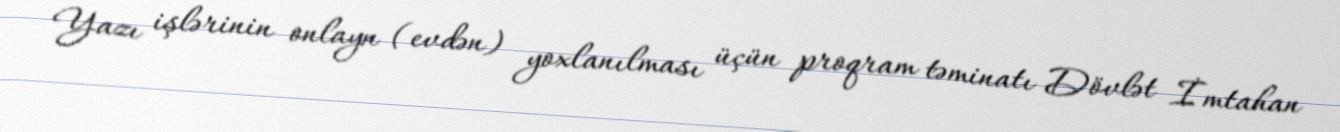
Yazı işlərinin onlayn (evdən) yoxlanılması üçün proqram təminatı Dövlət İmtahan